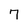
Character: 7